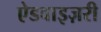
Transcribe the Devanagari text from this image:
ऐडवाइज़री